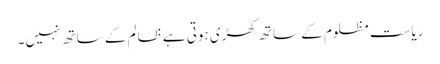
ریاست مظلوم کے ساتھ کھڑی ہوتی ہے ظالم کے ساتھ نہیں۔